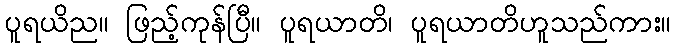
ပူရယိည။ ဖြည့်ကုန်ပြီ။ ပူရယာတိ၊ ပူရယာတိဟူသည်ကား။